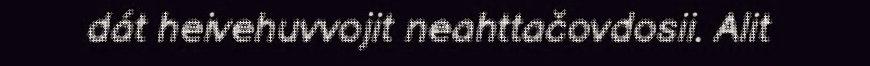
dát heivehuvvojit neahttačovdosii. Alit